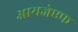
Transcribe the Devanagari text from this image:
आयजेएफ